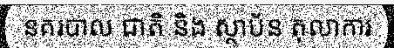
នគរបាល ជាតិ និង ស្ថាប័ន តុលាការ